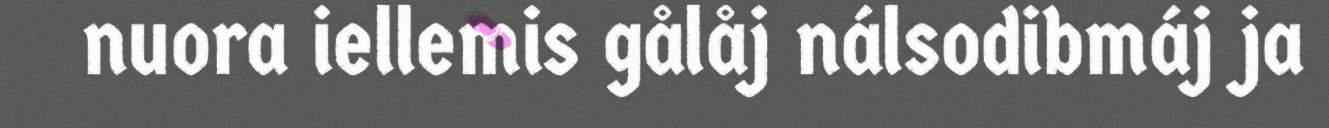
nuora iellemis gålåj nálsodibmáj ja